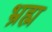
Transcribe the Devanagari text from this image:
भ्रह्म